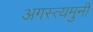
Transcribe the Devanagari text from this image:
अगस्त्यमुनी